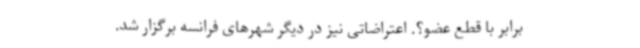
برابر با قطع عضو؟. اعتراضاتی نیز در دیگر شهرهای فرانسه برگزار شد.